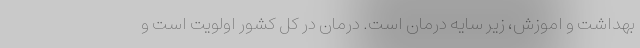
بهداشت و اموزش، زیر سایه درمان است. درمان در کل کشور اولویت است و